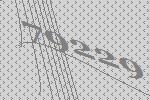
79229